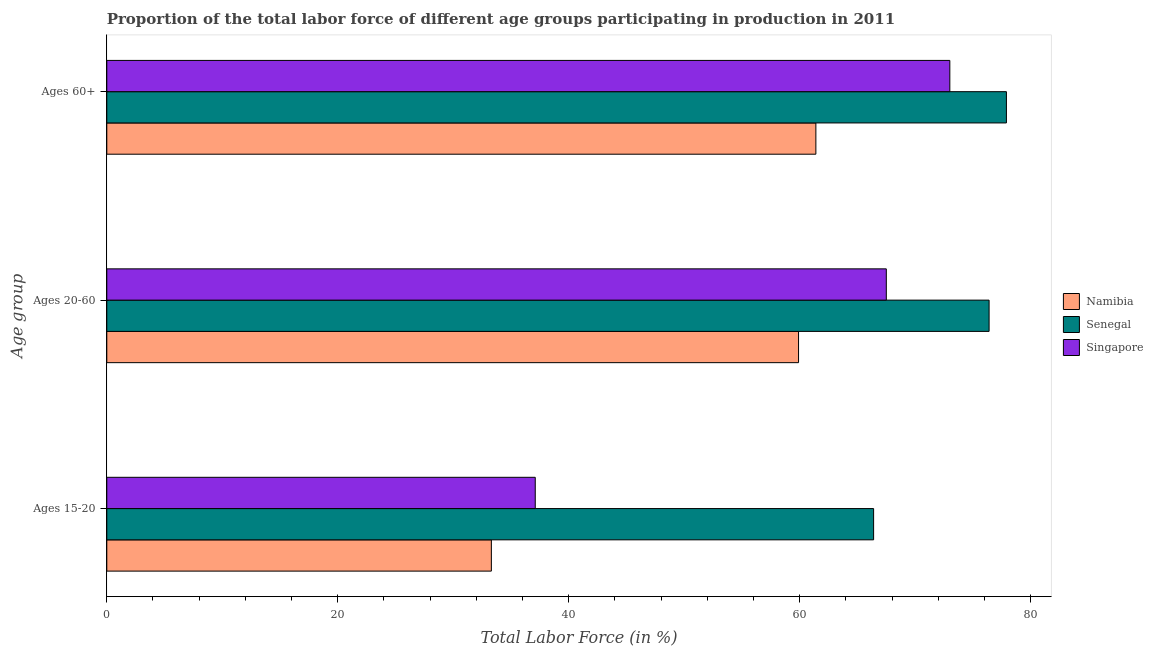
| Age group | Namibia | Senegal | Singapore |
 | --- | --- | --- | --- |
 | Ages 15-20 | 33.3 | 66.4 | 37.1 |
 | Ages 20-60 | 59.9 | 76.4 | 67.5 |
 | Ages 60+ | 61.4 | 77.9 | 73 |